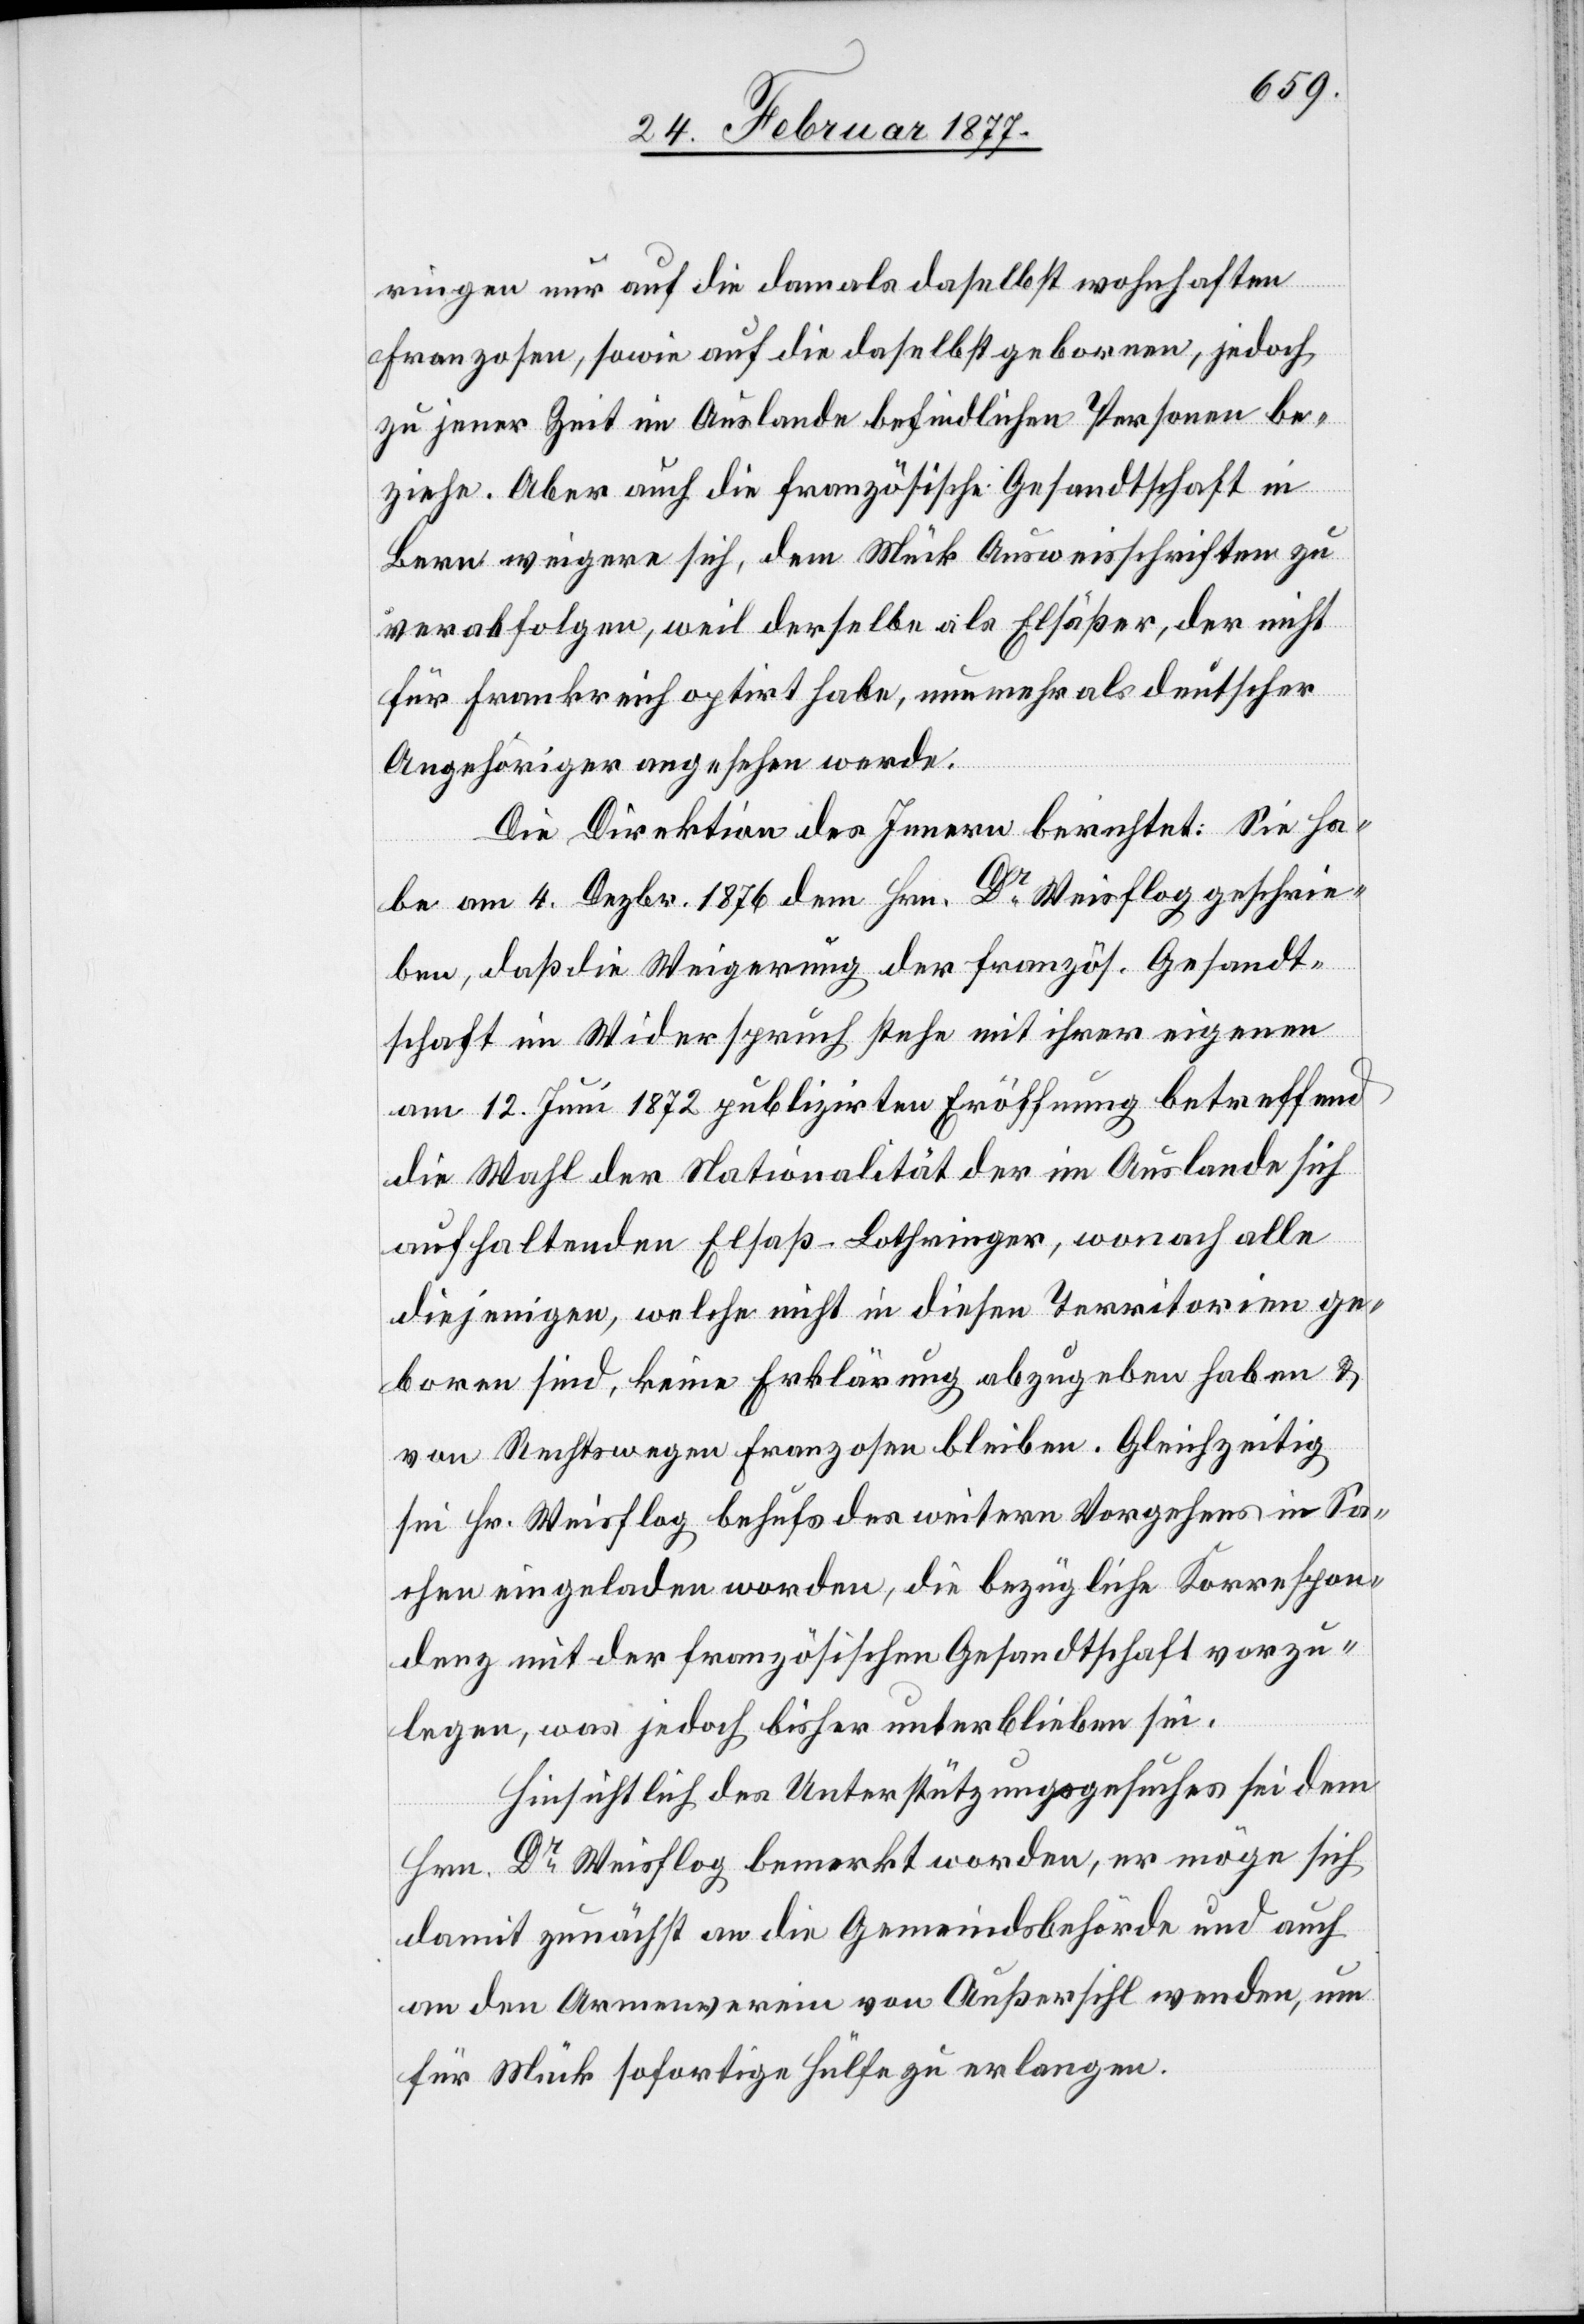
ringen nur auf die damals daselbst wohnhaften
Franzosen, sowie auf daselbst geborene, jedoch
zu jener Zeit im Auslande befindlichen Personen be¬
ziehe. Aber auch die französische Gesandtschaft in
Bern weigere sich, dem Mück Ausweisschriften zu
verabfolgen, weil derselbe als Elsäßer, der nicht
für Frankreich optirt habe, nunmehr als deutscher
Angehöriger angesehen werde.
Die Direktion des Innern berichtet: Sie ha¬
be am 4. Dezbr. 1876 dem Hrn. Dr Weisfolg geschrie¬
ben, daß die Weigerung der französ. Gesandt¬
schaft im Widerspruch stehe mit ihrer eigenen
am 12. Juni 1872 publizirten Eröffnung betreffend
die Wahl der Nationalität der im Auslande sich
aufhaltenden Elsaß-Lothringer, wonach alle
diejenigen, welche nicht in diesen Territorien ge¬
boren sind, keine Erklärung abzugeben haben &
von Rechtswegen Franzosen bleiben. Gleichzeitig
sei Hr. Weisfolg behufs des weitern Vorgehens in Sa¬
chen eingeladen worden, die bezügliche Korrespon¬
denz mit der französischen Gesandtschaft vorzu¬
legen, was jedoch bisher unterblieben sei.
Hinsichtlich des Unterstützungsgesuches sei dem
Hrn. Dr Weisfolg bemerkt worden, er möge sich
damit zunächst an die Gemeindsbehörde und auch
an den Armenverein von Außersihl wenden, um
für Mück sofortige Hülfe zu erlangen.